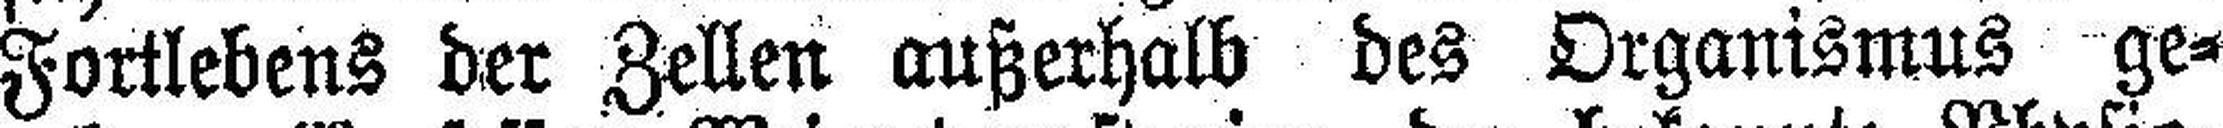
Fortlebens der Zellen außerhalb des Organismus ge¬